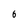
Character: 6